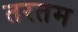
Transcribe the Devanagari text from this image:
तरतम